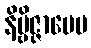
နိဗ္ဗိဇ္ဇာပေမ